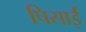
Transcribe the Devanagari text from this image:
पिसाईं